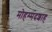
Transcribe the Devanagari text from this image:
मोहम्मदशाह